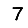
Digit: 7